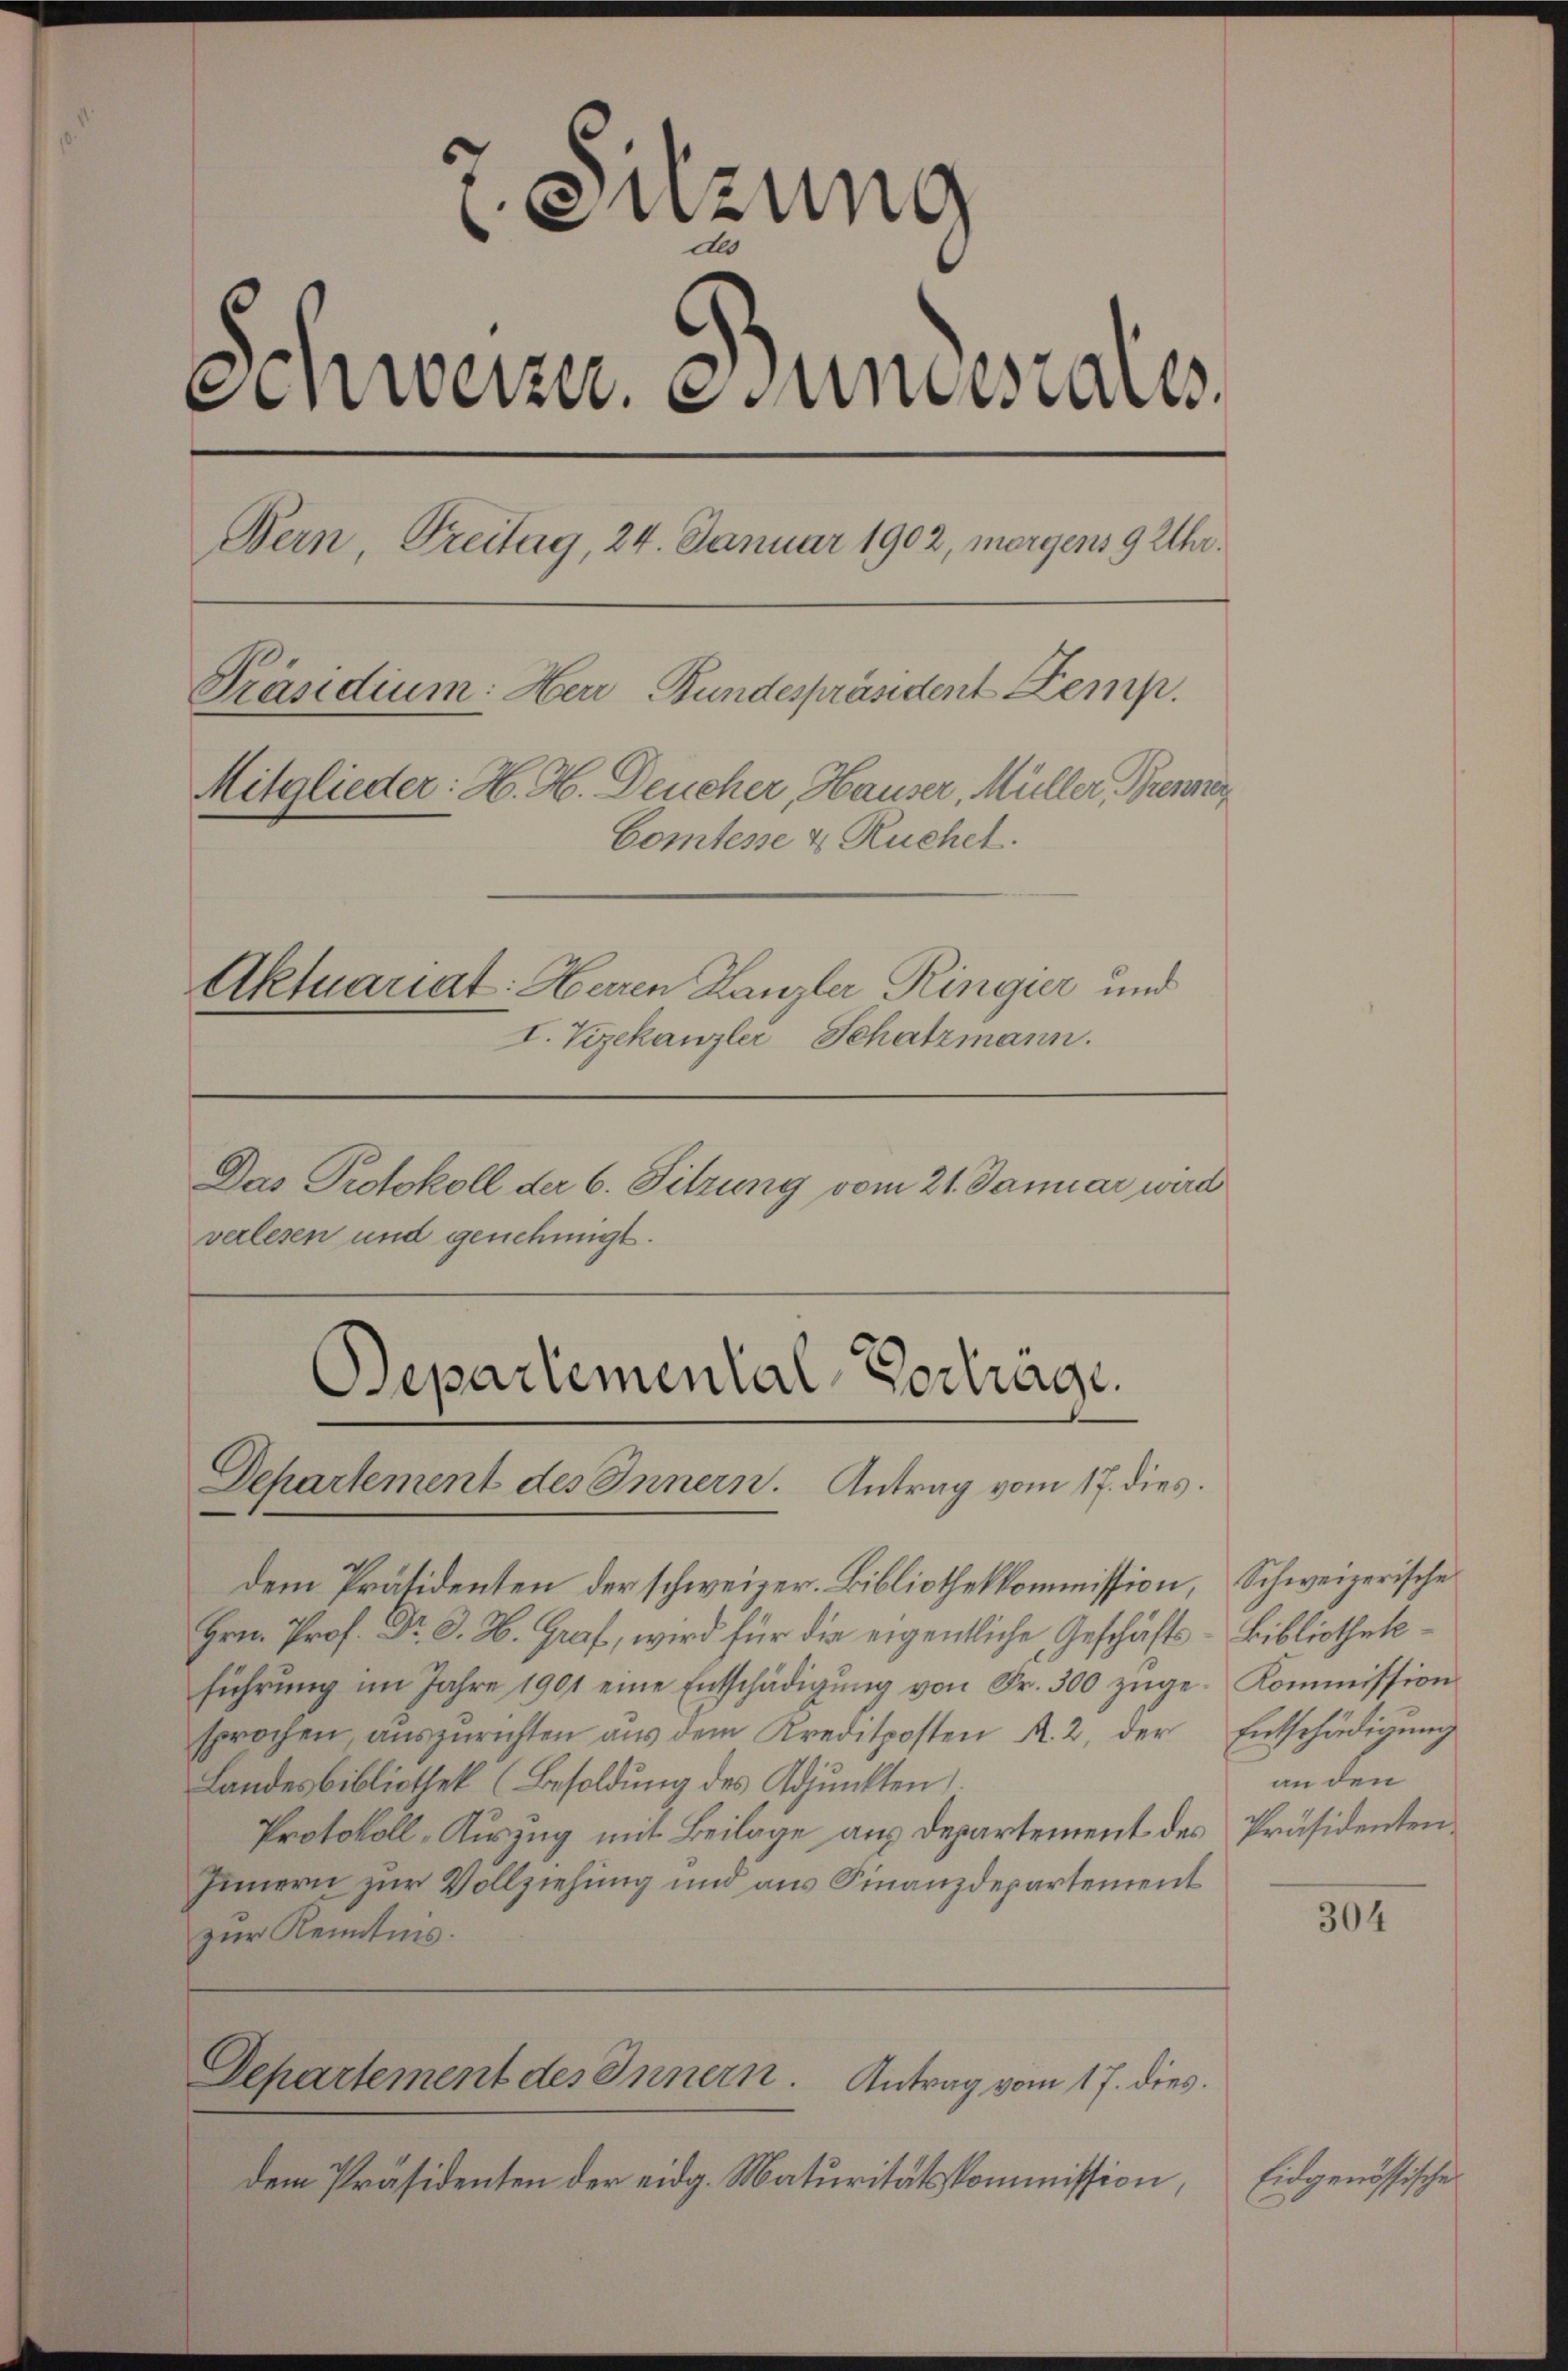
Sitzung
Als
denwerzu. Stundesrates.
Bern, Freitag, 24. Januar 1902, morgens 9 Uhr.
Präsidium: Herr Bundespräsident Zemp.
Mitglieder: H. H. Deucher, Hauser, Müller, Brenner
Comtesse & Ruchel.
Aktuariat: Heren Kanzler Ringier und
I. Vizekanzler Schatzmann.

Das Protokoll der 6. Sitzung vom 21. Januar wird
verlesen und genehmigt.

Departemental-Vortrage.
Departement des Innern. Antrag vom 17. dies

dem Präsidenten der schweizer. Bibliothekkommission, Schweizerische
Hrn. Prof. Dr. D. W. Graf, wird für die eigentliche Geschäfts-Bibliothek
führŭng im Jahre 1901 eine Entschädigŭng von Fr. 300 zŭge-
sprochen aŭszŭrichten aŭs dem Kreditposten R. 2, der Entschädigŭng
Landesbibliothek (Besoldung des Adjunkten
Protokoll-Auszug mit Beilage aus Departement des Präsidenten¬
Innern zur Vollziehung und aus Finanzdepartement
zur Kenntnis.

Departement des Innern. Antrag vom 17. dies

dem Präsidenten der eidg. Maturitätskommission,

Kommission
an den

304

Eidgenössische